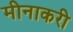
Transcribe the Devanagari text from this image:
मीनाकरी